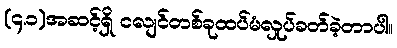
(၄.၁)အဆင့်ရှိ ငလျင်တစ်ခုထပ်မံလှုပ်ခတ်ခဲ့တာပါ။